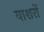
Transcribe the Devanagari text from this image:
वाशरों